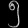
Digit: ၅